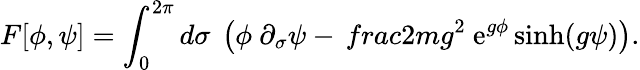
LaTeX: F[\phi,\psi]=\int_{0}^{2\pi}d\sigma~\left(\phi~\partial_{\sigma}\psi-{\, frac{2m}{g^{2}}}~\mathrm{e}^{g\phi}\sinh(g\psi)\right).